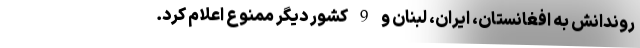
روندانش به افغانستان، ایران، لبنان و 9 کشور دیگر ممنوع اعلام کرد.